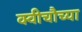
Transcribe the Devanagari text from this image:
क्वीचौच्या